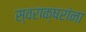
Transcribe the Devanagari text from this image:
स्वराक्षरांना